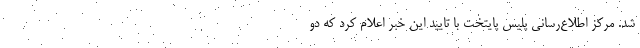
شد. مرکز اطلاع‌رسانی پلیس پایتخت با تایید این خبر اعلام کرد که دو